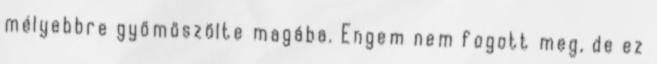
mélyebbre gyömöszölte magába. Engem nem fogott meg, de ez